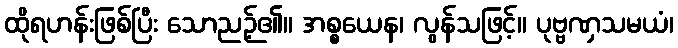
ထိုရဟန်းဖြစ်ပြီး သောညဉ့်၏။ အစ္စယေန၊ လွန်သဖြင့်။ ပုဗ္ဗဏှသမယံ၊